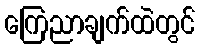
ကြေညာချက်ထဲတွင်